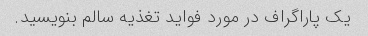
یک پاراگراف در مورد فواید تغذیه سالم بنویسید.